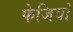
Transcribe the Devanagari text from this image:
फेजियो